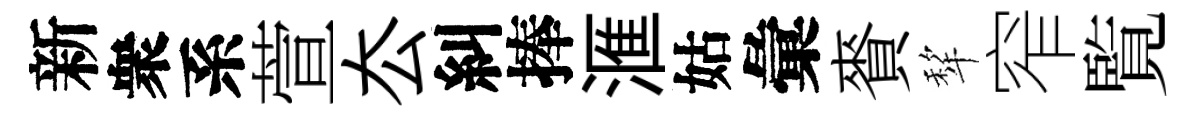
新衆系萱厺糾捧滙姑彙賚犂窄覧